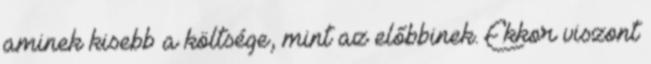
aminek kisebb a költsége, mint az előbbinek. Ekkor viszont